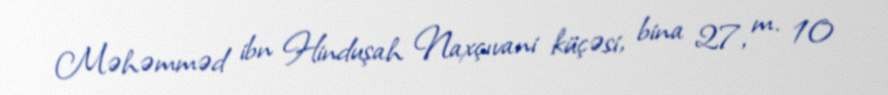
Məhəmməd ibn Hinduşah Naxçıvani küçəsi, bina 27, m. 10